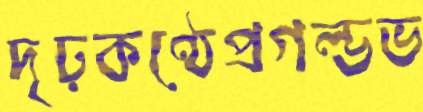
দৃঢ়কণ্ঠেপ্রগল্‌ভভ